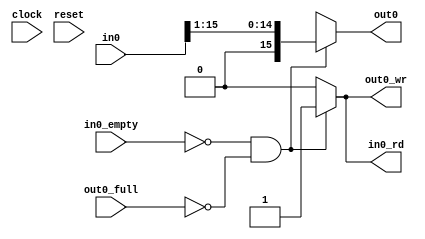
module rshifter(
    input in0_empty,
    input [15:0] in0,
    output reg in0_rd,
    input out0_full,
    output reg [15:0] out0,
    output reg out0_wr,
    input clock,
    input reset
);
  always@(in0, in0_empty, out0_full)
    if (in0_empty==0 && out0_full==0) begin
      in0_rd = 1'b1;
      out0 <= in0 >> 1;
      out0_wr = 1'b1;
	end
    else begin
      in0_rd = 1'b0;
      out0_wr = 1'b0;
      out0 = 16'bx;
	end

endmodule